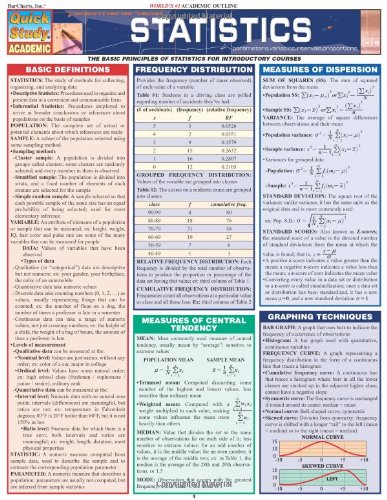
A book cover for Statistics Laminate Reference Chart: Parameters, Variables, Intervals, Proportions (Quickstudy: Academic ); Inc. BarCharts; Science & Math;